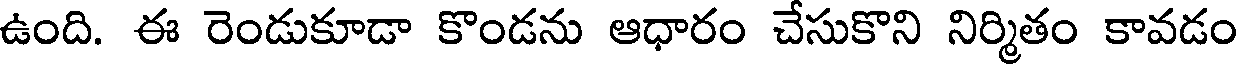
ఉంది. ఈ రెండుకూడా కొండను ఆధారం చేసుకొని నిర్మితం కావడం